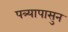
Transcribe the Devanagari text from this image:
पत्र्यापासुन